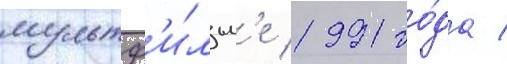
мультф'и́льм'е 1991 го́да /